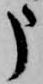
申